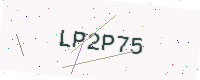
Text: LP2P75